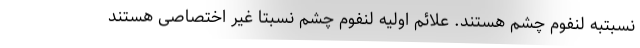
نسبتبه لنفوم چشم هستند. علائم اولیه لنفوم چشم نسبتا غیر اختصاصی هستند